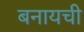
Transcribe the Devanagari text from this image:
बनायची